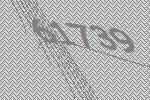
61739